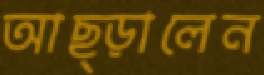
আছ্‌ড়ালেন